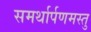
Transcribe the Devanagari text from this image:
समर्थार्पणमस्तु